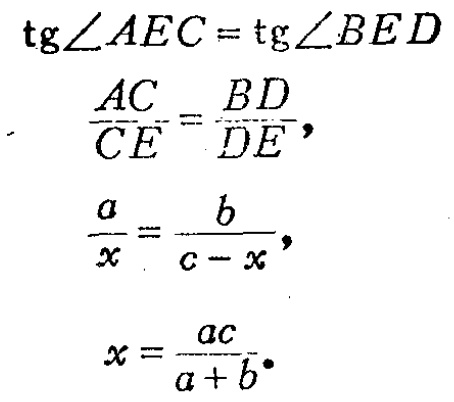
\[
\begin{align*}
\mathrm{tg}\angle AEC&=\mathrm{tg}\angle BED\\
\frac{AC}{CE}&=\frac{BD}{DE},\\
\frac{a}{x}&=\frac{b}{c - x},\\
x&=\frac{ac}{a + b}.
\end{align*}
\]